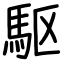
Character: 駆